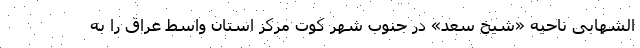
الشهابی ناحیه «شیخ سعد» در جنوب شهر کوت مرکز استان واسط عراق را به